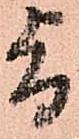
旨